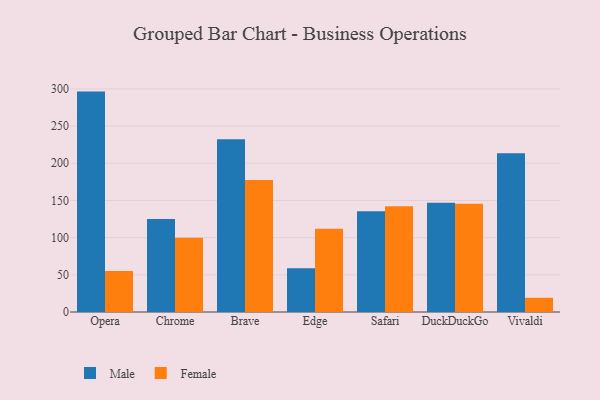
{"axis": {"x": "Browser", "y": "Temperature (°C)"}, "legend": ["Female", "Male"], "data": [{"x": "Opera", "y": 296.4, "type": "Male"}, {"x": "Opera", "y": 55.1, "type": "Female"}, {"x": "Chrome", "y": 125.1, "type": "Male"}, {"x": "Chrome", "y": 100.0, "type": "Female"}, {"x": "Brave", "y": 232.2, "type": "Male"}, {"x": "Brave", "y": 177.5, "type": "Female"}, {"x": "Edge", "y": 58.9, "type": "Male"}, {"x": "Edge", "y": 111.8, "type": "Female"}, {"x": "Safari", "y": 135.4, "type": "Male"}, {"x": "Safari", "y": 142.1, "type": "Female"}, {"x": "DuckDuckGo", "y": 146.9, "type": "Male"}, {"x": "DuckDuckGo", "y": 145.7, "type": "Female"}, {"x": "Vivaldi", "y": 213.4, "type": "Male"}, {"x": "Vivaldi", "y": 19.1, "type": "Female"}]}